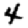
Digit: 4